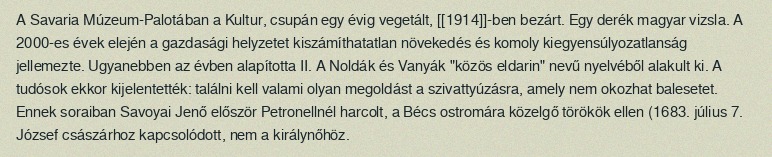
A Savaria Múzeum-Palotában a Kultur, csupán egy évig vegetált, [[1914]]-ben bezárt. Egy derék magyar vizsla. A 2000-es évek elején a gazdasági helyzetet kiszámíthatatlan növekedés és komoly kiegyensúlyozatlanság jellemezte. Ugyanebben az évben alapította II. A Noldák és Vanyák "közös eldarin" nevű nyelvéből alakult ki. A tudósok ekkor kijelentették: találni kell valami olyan megoldást a szivattyúzásra, amely nem okozhat balesetet. Ennek soraiban Savoyai Jenő először Petronellnél harcolt, a Bécs ostromára közelgő törökök ellen (1683. július 7. József császárhoz kapcsolódott, nem a királynőhöz.